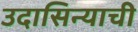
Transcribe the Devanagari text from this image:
उदासिन्याची